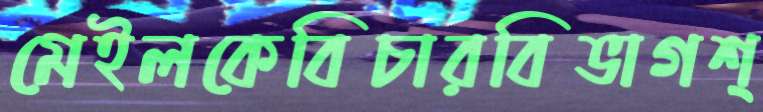
মেইলকেবিচারবিভাগশ্